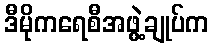
ဒီမိုကရေစီအဖွဲ့ချုပ်က